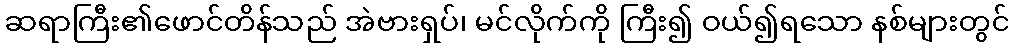
ဆရာကြီး၏ဖောင်တိန်သည် အဲဗားရှပ်၊ မင်လိုက်ကို ကြီး၍ ဝယ်၍ရသော နစ်များတွင်